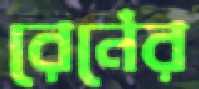
রেনেঁর